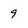
Character: 9